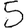
Digit: 5